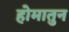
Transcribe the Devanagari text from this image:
होमातुन